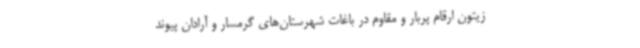
زیتون ارقام پربار و مقاوم در باغات شهرستان‌های گرمسار و آرادان پیوند